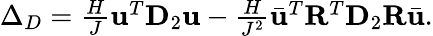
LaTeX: \begin{array}{r}{\Delta_{D}=\frac{H}{J}\mathbf{u}^{T}\mathbf{D}_{2}\mathbf{u}-\frac{H}{J^{2}}\bar{\mathbf{u}}^{T}\mathbf{R}^{T}\mathbf{D}_{2}\mathbf{R}\bar{\mathbf{u}}.}\end{array}